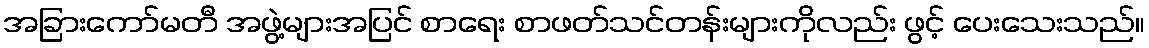
အခြားကော်မတီ အဖွဲ့များအပြင် စာရေး စာဖတ်သင်တန်းများကိုလည်း ဖွင့် ပေးသေးသည်။